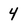
Character: 4